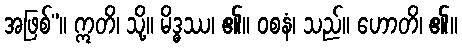
အဖြစ်”။ ဣတိ၊ သို့။ မိဒ္ဓဿ၊ ၏။ ဝစနံ၊ သည်။ ဟောတိ၊ ၏။